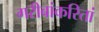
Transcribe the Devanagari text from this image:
गरीबांकरितां